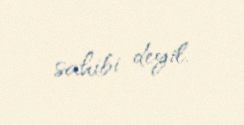
sahibi deyil.